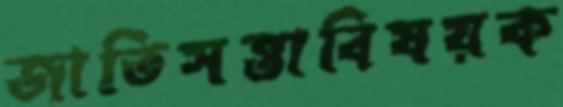
জাতিসত্তাবিষয়ক